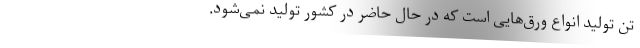
تن تولید انواع ورق‌هایی است که در حال حاضر در کشور تولید نمی‌شود.